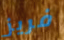
فريز